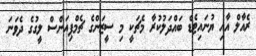
ރެއާލް އާއި ޔުނައިޓެޑް ބައްދަލުކުރާ މެޗަކީ މި ސީޒަންގެ ޗެމްޕިއަންސް ލީގުގެ ދެވަނަ